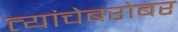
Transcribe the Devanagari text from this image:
त्यांचेबरोबर